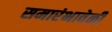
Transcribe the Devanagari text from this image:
समारंभावेळी